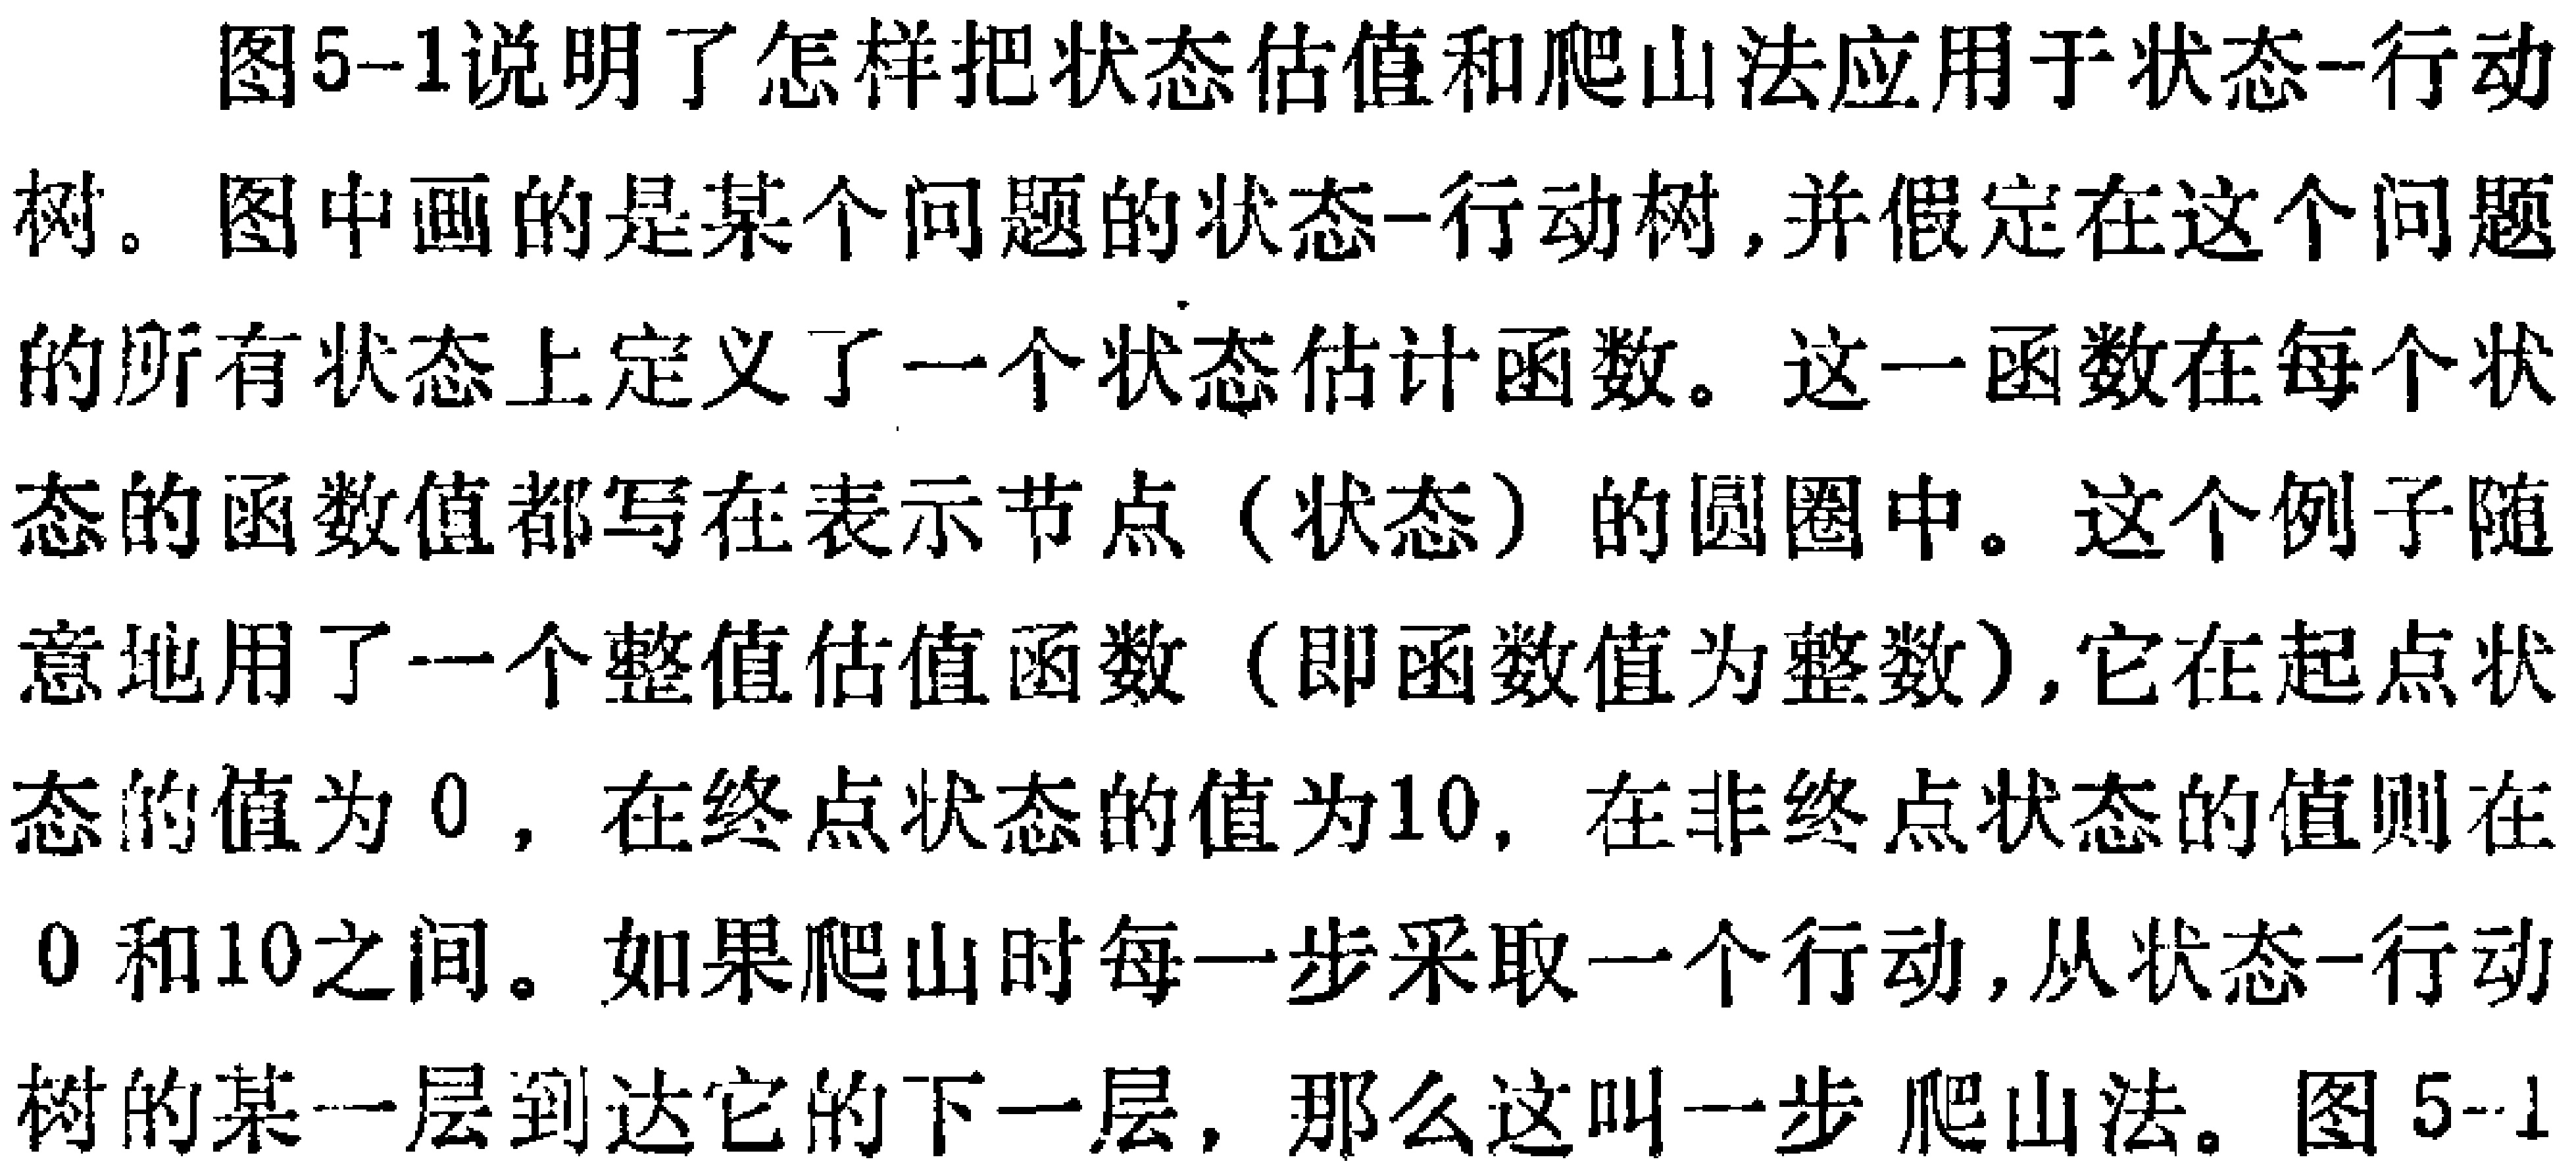
图5-1说明了怎样把状态估值和爬山法应用于状态-行动树。图中画的是某个问题的状态-行动树,并假定在这个问题的所有状态上定义了一个状态估计函数。这一函数在每个状态的函数值都写在表示节点（状态）的圆圈中。这个例子随意地用了一个整值估值函数（即函数值为整数）,它在起点状态的值为0，在终点状态的值为10，在非终点状态的值则在0和10之间。如果爬山时每一步采取一个行动,从状态-行动树的某一层到达它的下一层，那么这叫一步爬山法。图5--1